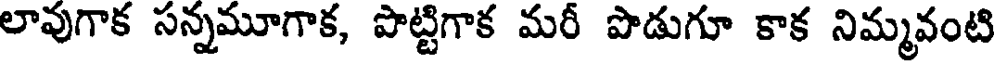
లావుగాక సన్నమూగాక, పొట్టిగాక మరీ పొడుగూ కాక నిమ్మవంటి